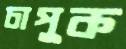
চাপুক